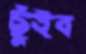
ছুঁইব